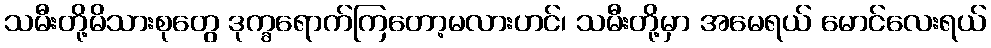
သမီးတို့မိသားစုတွေ ဒုက္ခရောက်ကြတော့မလားဟင်၊ သမီးတို့မှာ အမေရယ် မောင်လေးရယ်